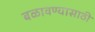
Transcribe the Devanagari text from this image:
बळावण्यासाठी